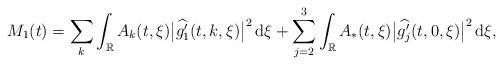
LaTeX: \begin{align*}M_1(t)=\sum_{k}\int_{\mathbb{R}}A_k(t,\xi)\big|\widehat{g_1'}(t,k,\xi)\big|^2\,\mathrm{d}\xi+\sum_{j=2}^3\int_{\mathbb{R}}A_*(t,\xi)\big|\widehat{g_j'}(t,0,\xi)\big|^2\,\mathrm{d}\xi ,\end{align*}